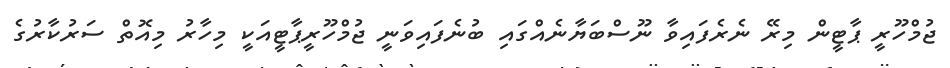
ޖުމްހޫރީ ޕާޓީން މިރޭ ނެރެފައިވާ ނޫސްބަޔާނެއްގައި ބުނެފައިވަނީ ޖުމްހޫރީޕާޓީއަކީ މިހާރު މިއޮތް ސަރުކާރުގެ